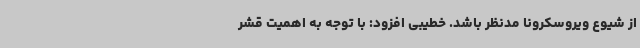
از شیوع ویروسکرونا مدنظر باشد. خطیبی افزود: با توجه به اهمیت قشر